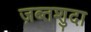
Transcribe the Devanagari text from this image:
ज़ब्तशुदा